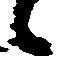
候